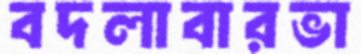
বদলাবারভা